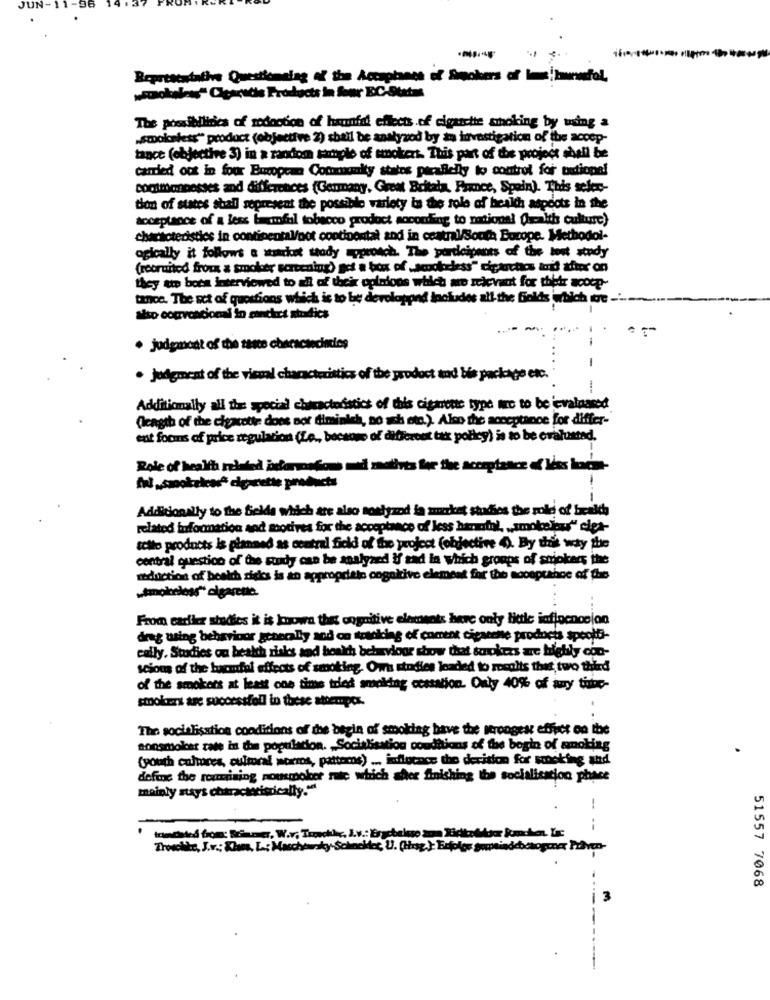
JUN-1
Representative Questionelag of the Accaplanes of Smokers off Im!haunnfol,
"smokeless" Clearadis Products in feer EC-States
The possibilities of redaction of haunfel effects of cigarette smoking by wiing a
„smoleless" product (objective 2) shall be anatyzod by ża investigation of the accep-
tance (objective 3) in a random sample of smokert. This part of the project shall be
carried out in four European Community states parallelly to control for national
commenesses and differences {Gennany, Great Britain, Face, Spain). This seker-
tion of states shall sepresent the possible variety is the role of health aspects in the
acceptance of a less bumfal tobacco product according to national healths culture)
characteristics in continental/oot continental and in central/South Europe. Methodol-
ogically it follows a suadost tady approach. The participants of the lost study
(recruited frock a smoker screening) get a box of ,smokeless" cipartis ani sier on
they tte boca interviewed to all of their opinions which are relevant for their scoop-
tance. The set of questions which is to be developped includes all the fields which are-
siso cocrvcacional in sanches siradics
· judgment of the tante characsecimies
. judgment of the visual characteristics of the prodoct and bis package etc.
Additionally all the special chiractodstics of this cigarette type are to be evaluated
(length of the cigarette does por diminich, no ach etc.). Also the acceptance for differ-
ent forms of price regulation (Le ., because of different tak polley) is to be evaluated.
Role of health related informations med motives for the acceptance of less home-
Additionally to the fields which are also sontyzod la zmarket studies the role of health
related infoonation and motives for the acceptance of less hannofol. „,smokekus" cipa-
selle products is planned as central field of the project (objective 4). By this way the
central questico of the Rudy can be analyzed If sad in which groups of sujokers the
reduction of health risks is an appropriate cognitive element for the acceptance of the
„smokeloss" cigarette.
From carlier shidies it is nowa this cognitive elements here only little infinenocion
drag using behaviour generally aod on stranking of coment cigarene products speolo-
cally. Studies on health risks and health behaviour show that strokers are highly con-
scious of the tuemfol effects of smoking. Own studies loaded to results that two third
of the smokers at least one time tried smoking cessation. Only 40% of awy tibc-
smokers are successfell in these atterpcs.
The socialisation conditions of the begin of smoking have the wrongest effect on the
nonsmolcer cate in the population. , Socialisation conditions of the begin of smoking
(youth colores, culmoral worms, pattoms) ... influence the derition for sucking and
define the roumining nousmoker mic which sher finishing the socialisation phace
mainly stays characteristically."
---
Trosollte, J.v .; Khans, La: Maschowsky Schneider, U. (hrsg }: Erfolgs gopais
octogone Praven-
51557 7068